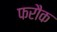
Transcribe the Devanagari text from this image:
फरौक